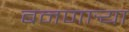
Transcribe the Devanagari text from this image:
बनणार्‍या